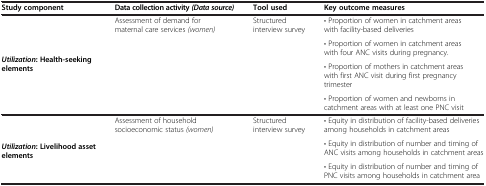
| Study component | Data collection activity (Data source) | Tool used | Key outcome measures |
 | --- | --- | --- | --- |
 | <ROWSPAN=4> Utilization: Health-seeking elements | Assessment of demand for maternal care services (women) | Structured interview survey | • Proportion of women in catchment areas with facility-based deliveries |
 |  |  | • Proportion of women in catchment areas with four ANC visits during pregnancy. |
 |  |  | • Proportion of mothers in catchment areas with first ANC visit during first pregnancy trimester |
 |  |  | • Proportion of women and newborns in catchment areas with at least one PNC visit |
 | <ROWSPAN=3> Utilization: Livelihood asset elements | Assessment of household socioeconomic status (women) | Structured interview survey | • Equity in distribution of facility-based deliveries among households in catchment areas |
 |  |  | • Equity in distribution of number and timing of ANC visits among households in catchment areas |
 |  |  | • Equity in distribution of number and timing of PNC visits among households in catchment area |